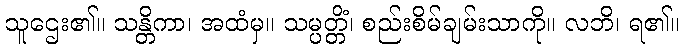
သူဌေး၏။ သန္တိကာ၊ အထံမှ။ သမ္ပတ္တိံ၊ စည်းစိမ်ချမ်းသာကို။ လဘိ၊ ရ၏။